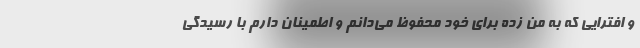
و افترایی که به من زده برای خود محفوظ می‌دانم و اطمینان دارم با رسیدگی